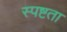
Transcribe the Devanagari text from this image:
स्‍पष्टता